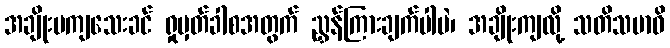
အချိုးမကျသေးခင် ရှုမှတ်ခါစအတွက် ညွှန်ကြားချက်ပါပဲ၊ အချိုးကျလို့ သတိသမာဓိ